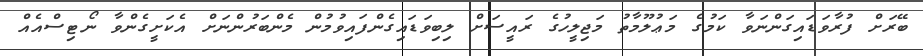
ބޭރަށް ފުރާވަޑައިގަންނަވާ ކަމުގެ މަޢުލޫމާތު މަޖިލީހުގެ ރައީސަށް ލިބިވަޑައިގެންފައިވުމުން މެންބަރުންނަށް އެކަށީގެންވާ ނޯޓިސްއެއް